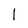
Character: 1